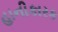
હાનીકારક